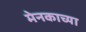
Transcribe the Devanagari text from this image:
मेनकाच्या